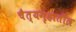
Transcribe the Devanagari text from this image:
चैत्यगृहातील